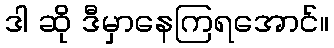
ဒါ ဆို ဒီမှာနေကြရအောင်။